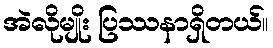
အဲလိုမျိုး ပြဿနာရှိတယ်။